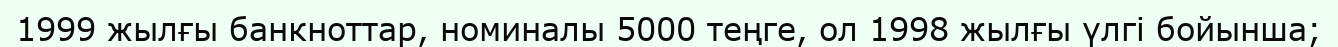
1999 жылғы банкноттар, номиналы 5000 теңге, ол 1998 жылғы үлгі бойынша;